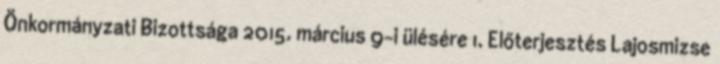
Önkormányzati Bizottsága 2015. március 9-i ülésére 1. Előterjesztés Lajosmizse